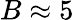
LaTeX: B\approx 5